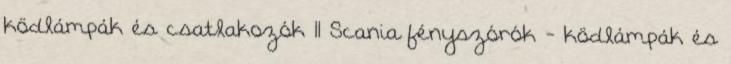
ködlámpák és csatlakozók 11 Scania fényszórók - ködlámpák és